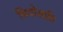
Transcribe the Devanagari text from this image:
थियोसफ़ी